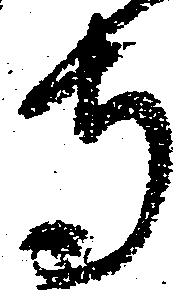
寺